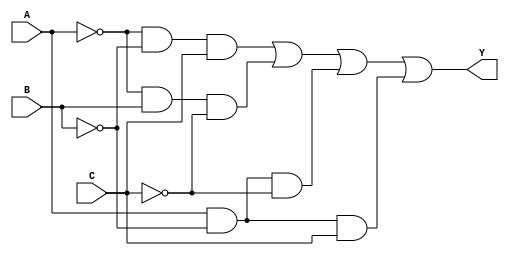

module comb_Y1(Y, A, B, C);

    output Y;
    input A, B, C;

    assign Y = (~A & ~B & C) | (~A & B & ~C) |
                (A & ~B & ~C) | (A & ~B & C);

endmodule